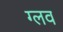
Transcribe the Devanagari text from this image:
ग्लव